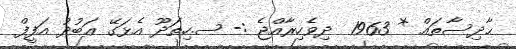
ޙާދިސާތައް * 1963  ދިވެހިރާއްޖެ :- ސ.ހިތަދޫ އެޅަގޭ ޢަބުދު އަފީފް